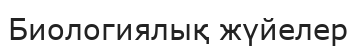
Биологиялық жүйелер